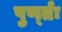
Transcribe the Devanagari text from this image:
पुर्ण्तः